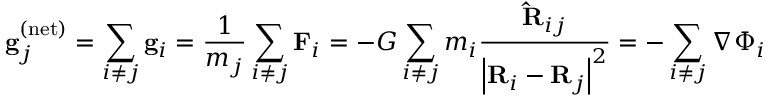
\mathbf { g } _ { j } ^ { \mathrm { ( n e t ) } } = \sum _ { i \neq j } \mathbf { g } _ { i } = { \frac { 1 } { m _ { j } } } \sum _ { i \neq j } \mathbf { F } _ { i } = - G \sum _ { i \neq j } m _ { i } { \frac { \mathbf { \hat { R } } _ { i j } } { \left| \mathbf { R } _ { i } - \mathbf { R } _ { j } \right| ^ { 2 } } } = - \sum _ { i \neq j } \nabla \Phi _ { i }